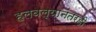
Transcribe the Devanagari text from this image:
हलवल्यानंतरही